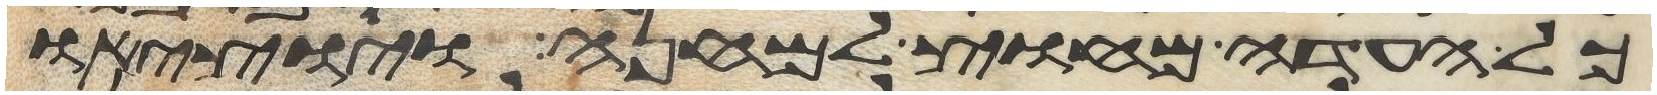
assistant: כל העדה מחוץ למחנה ויוציאו